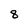
Character: 8